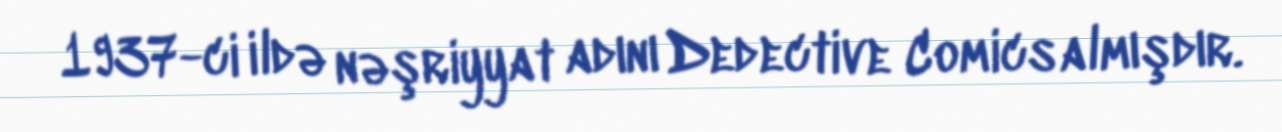
1937-ci ildə nəşriyyat adını Dedective Comics almışdır.